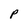
Character: P